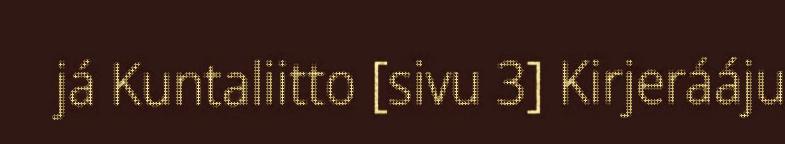
já Kuntaliitto [sivu 3] Kirjerááju